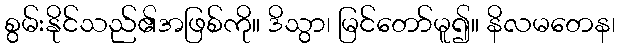
စွမ်းနိုင်သည်၏အဖြစ်ကို။ ဒိသွာ၊ မြင်တော်မူ၍။ နိလမတေန၊